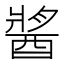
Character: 𨡓